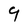
Character: 9